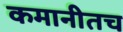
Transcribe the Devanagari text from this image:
कमानीतच